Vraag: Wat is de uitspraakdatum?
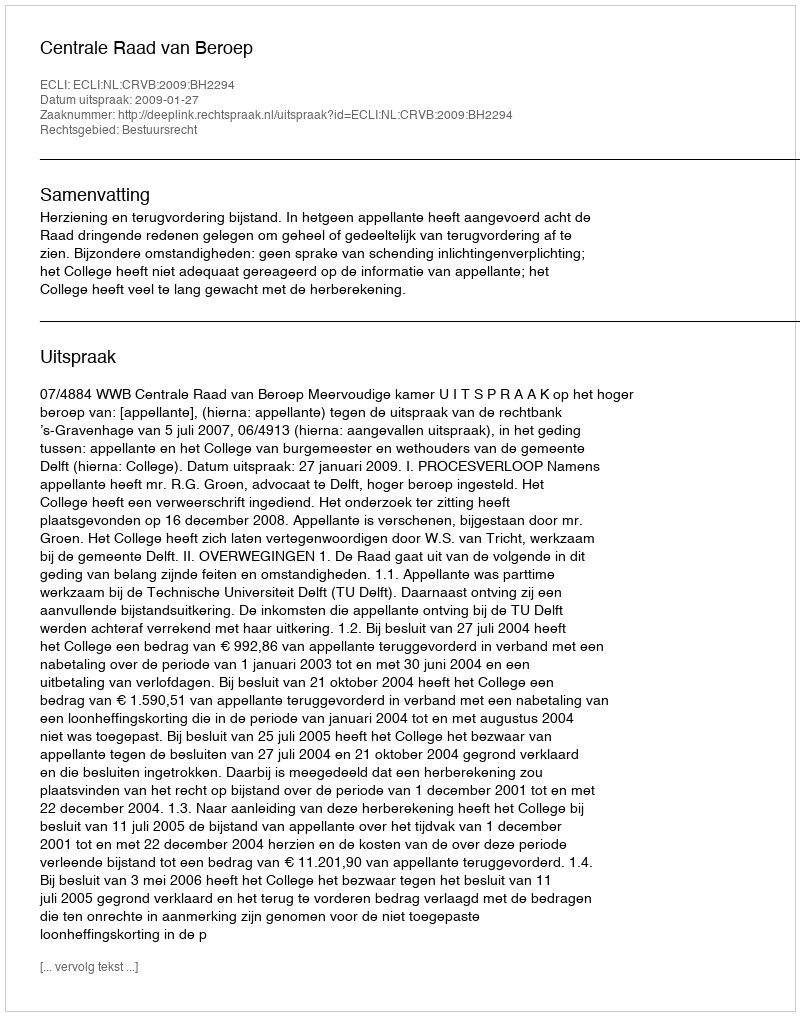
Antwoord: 2009-01-27